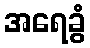
အရေခွံ